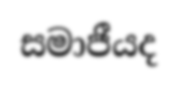
සමාජීයද